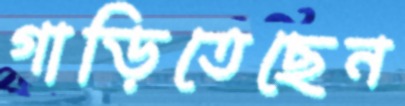
গাড়িতেছেন